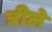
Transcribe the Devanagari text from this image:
त्रीले